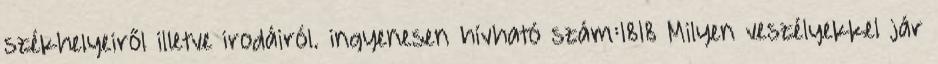
székhelyeiről illetve irodáiról. ingyenesen hívható szám:1818 Milyen veszélyekkel jár